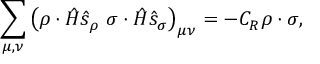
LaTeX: \sum _ { \mu , \nu } \left( \rho \cdot \hat { H } \hat { s } _ { \rho } \ \sigma \cdot \hat { H } \hat { s } _ { \sigma } \right) _ { \mu \nu } = - C _ { \cal R } \rho \cdot \sigma ,